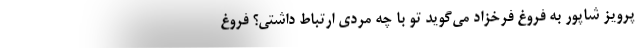
پرویز شاپور به فروغ فرخزاد می‌گوید تو با چه مردی ارتباط داشتی؟ فروغ